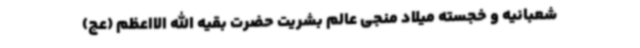
شعبانیه و خجسته میلاد منجی عالم بشریت حضرت بقیه الله الااعظم (عج)